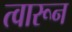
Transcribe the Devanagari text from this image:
त्वारून